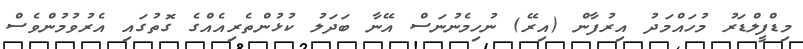
މިޑްފީލްޑަރު މުހައްމަދު އިރުފާން (އިރޭ) ނުހިމެނުނަސް އޭނާ ބަދަލު ކުޅުންތެރިއެއްގެ ގޮތުގައި އެރުވުމުންވެސް